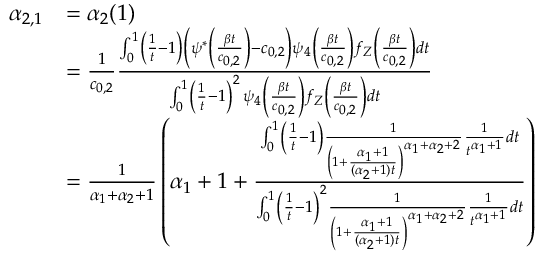
\begin{array} { r l } { \alpha _ { 2 , 1 } } & { = \alpha _ { 2 } ( 1 ) } \\ & { = \frac { 1 } { c _ { 0 , 2 } } \frac { \int _ { 0 } ^ { 1 } \left( \frac { 1 } { t } - 1 \right) \left( \psi ^ { * } \left( \frac { \beta t } { c _ { 0 , 2 } } \right) - c _ { 0 , 2 } \right) \psi _ { 4 } \left( \frac { \beta t } { c _ { 0 , 2 } } \right) f _ { Z } \left( \frac { \beta t } { c _ { 0 , 2 } } \right) d t } { \int _ { 0 } ^ { 1 } \left( \frac { 1 } { t } - 1 \right) ^ { 2 } \, \psi _ { 4 } \left( \frac { \beta t } { c _ { 0 , 2 } } \right) f _ { Z } \left( \frac { \beta t } { c _ { 0 , 2 } } \right) d t } } \\ & { = \frac { 1 } { \alpha _ { 1 } + \alpha _ { 2 } + 1 } \left( \alpha _ { 1 } + 1 + \frac { \int _ { 0 } ^ { 1 } \left( \frac { 1 } { t } - 1 \right) \frac { 1 } { \left( 1 + \frac { \alpha _ { 1 } + 1 } { ( \alpha _ { 2 } + 1 ) t } \right) ^ { \alpha _ { 1 } + \alpha _ { 2 } + 2 } } \frac { 1 } { t ^ { \alpha _ { 1 } + 1 } } d t } { \int _ { 0 } ^ { 1 } \left( \frac { 1 } { t } - 1 \right) ^ { 2 } \frac { 1 } { \left( 1 + \frac { \alpha _ { 1 } + 1 } { ( \alpha _ { 2 } + 1 ) t } \right) ^ { \alpha _ { 1 } + \alpha _ { 2 } + 2 } } \frac { 1 } { t ^ { \alpha _ { 1 } + 1 } } d t } \right) } \end{array}